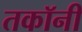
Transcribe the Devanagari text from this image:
तकॉनी